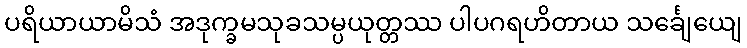
ပရိယာယာမိသံ အဒုက္ခမသုခသမ္ပယုတ္တဿ ပါပဂရဟိတာယ သင်္ချေယျေ